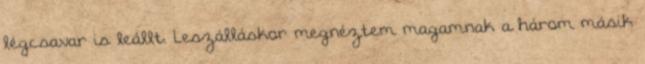
légcsavar is leállt. Leszálláskor megnéztem magamnak a három másik